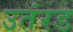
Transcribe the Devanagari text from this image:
उतंरड